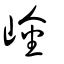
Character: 崯